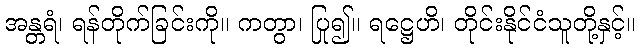
အန္တရံ၊ ရန်တိုက်ခြင်းကို။ ကတွာ၊ ပြု၍။ ရဋ္ဌေဟိ၊ တိုင်းနိုင်ငံသူတို့နှင့်။